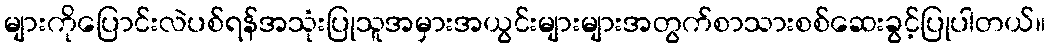
များကိုပြောင်းလဲပစ်ရန်အသုံးပြုသူအမှားအယွင်းများများအတွက်စာသားစစ်ဆေးခွင့်ပြုပါတယ်။